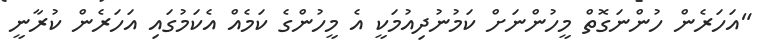
"އަހަރެން ހުންނަގޮތް މީހުންނަށް ކަމުނުދިއުމަކީ އެ މީހުންގެ ކަމެއް އެކަމުގައި އަހަރެން ކުރާނީ